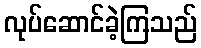
လုပ်ဆောင်ခဲ့ကြသည်